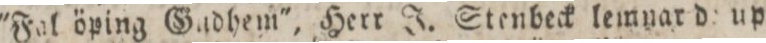
'Fal öping Gadhem', Herr J. Stenheck lemnard upp=